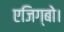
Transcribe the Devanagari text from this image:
एजिग्बो।